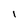
Character: l